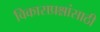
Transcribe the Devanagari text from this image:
विकासप्रश्नांसाठी